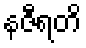
နဇီရတိ